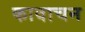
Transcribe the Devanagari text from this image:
कावाचन